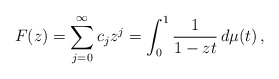
\begin{align*}F(z) = \sum_{j=0}^\infty c_j z^j = \int_0^1 \frac{1}{1-zt}\,d\mu(t) \,,\end{align*}